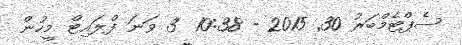
ސެޕްޓެމްބަރު 30